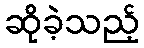
ဆိုခဲ့သည့်